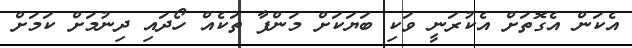
އެކަން އެގޮތަށް އެކުރަނީ ވަކި ބަޔަކަށް މަންފާ ތަކެއް ހޯދައި ދިނުމަށް ކަމަށް